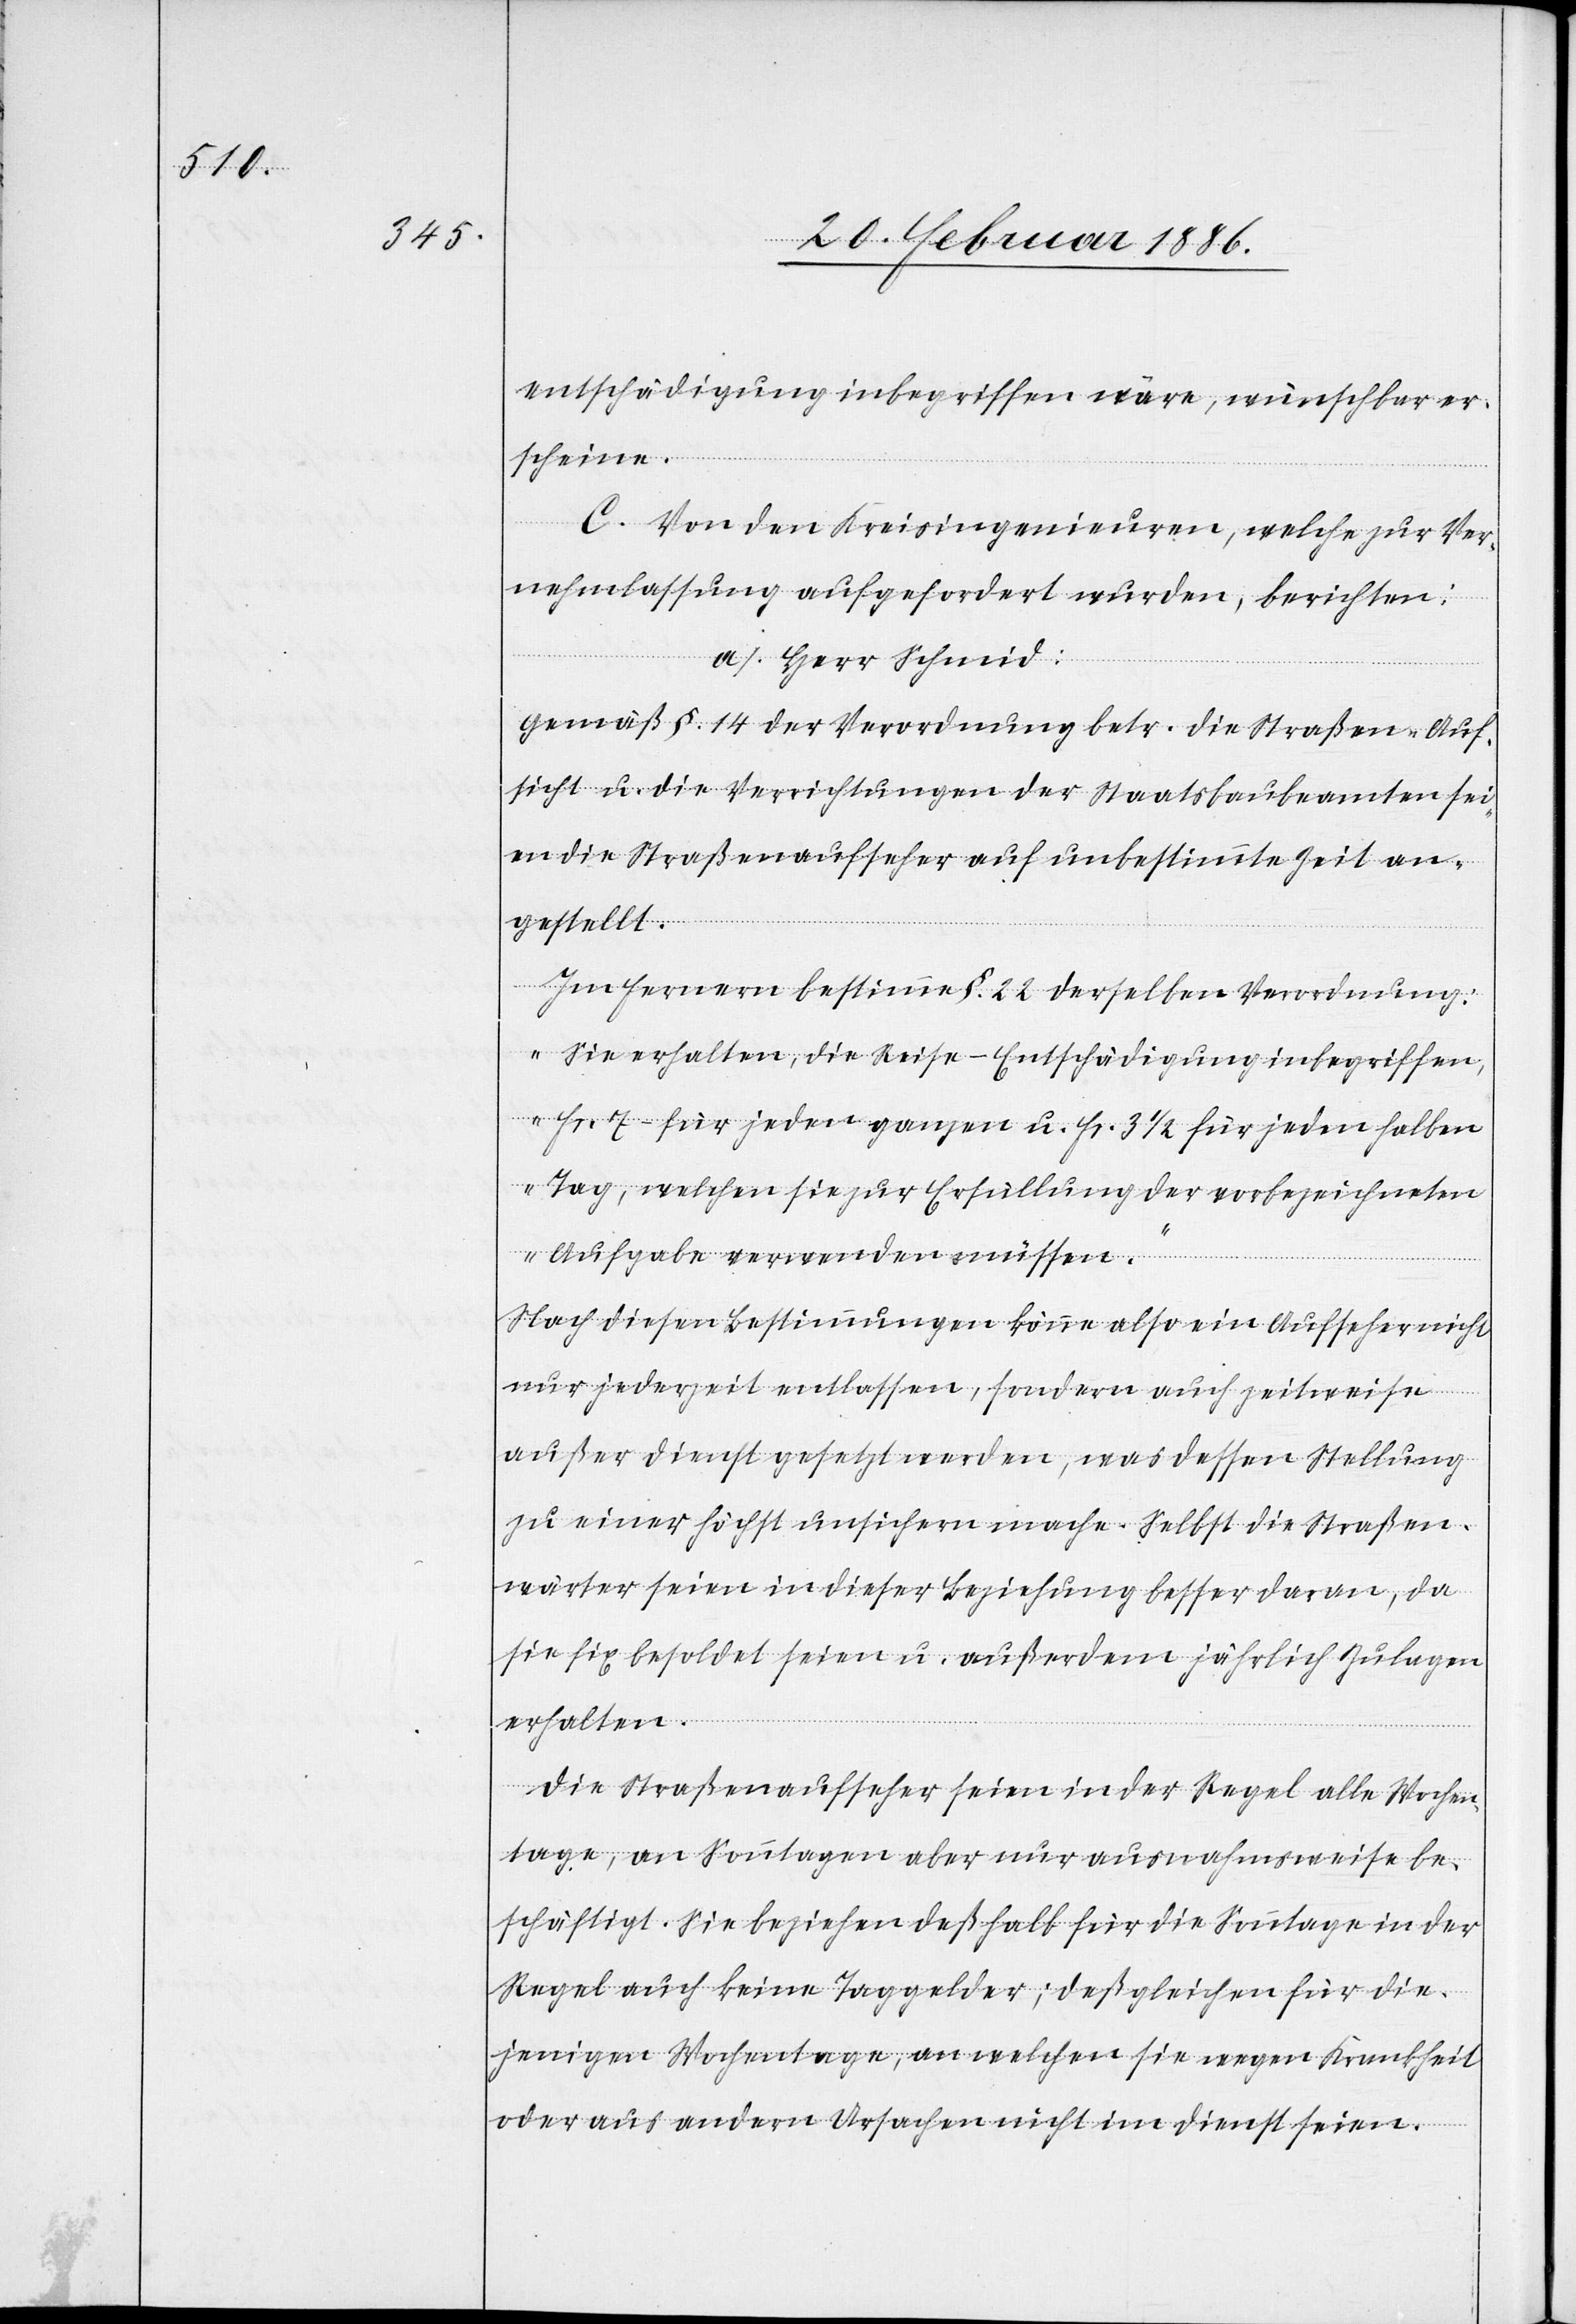
entschädigung inbegriffen wäre, wünschbar er¬
scheine.
C. Von den Kreisingenieuren, welche zur Ver¬
nehmlassung aufgefordert wurden, berichtet:
a). Herr Schmid:
Gemäß §. 14 der Verordnung betr. die Straßen-Auf¬
sicht u. die Vorrichtungen der Staatsbaubeamten sei¬
en die Straßenaufseher auf unbestimmte Zeit an¬
gestellt.
Im Fernern bestimme §. 22 derselben Verordnung:
„Sie erhalten, die Reise-Entschädigung inbegriffen,
Fr. 7.– für jeden ganzen u. Fr. 3 1/2 für jeden halben
Tag, welchen sie zur Erfüllung der vorbezeichneten
Aufgabe verwenden müssen.“
Nach diesen Bestimmungen könne also ein Aufseher nicht
nur jederzeit entlassen, sondern auch zeitweise
außer Dienst gesetzt werden, was dessen Stellung
zu einer höchst unsicheren mache. Selbst die Straßen¬
wärter seien in dieser Beziehung besser dran, da
sie fix besoldet seien u. außerdem jährlich Zulagen
erhalten.
Die Straßenaufseher seien in der Regel alle Wochen¬
tage, an Sonntagen aber nur ausnahmsweise be¬
schäftigt. Sie beziehen deßhalb für die Sonntage in der
Regel auch keine Taggelder; das gleiche für die¬
jenigen Wochentage, an welchen sie wegen Krankheit
oder aus andern Ursachen nicht im Dienst seien.